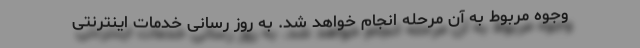
وجوه مربوط به آن مرحله انجام خواهد شد. به روز رسانی خدمات اینترنتی